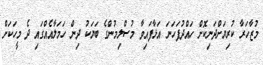
މުޒާހަރާ ކުރިޔަށްދަނިކޮށް ހައްދުފަހަނަ އަޅާފައިވާ މުސްލިމުންގެ ބަޔަކު ދިން ހަމަލާއެއްގައި ދެ މީހަކަށް